Civil Veterinary Dept. Assam report 1927-50 - 1927-1950
Year: 1927
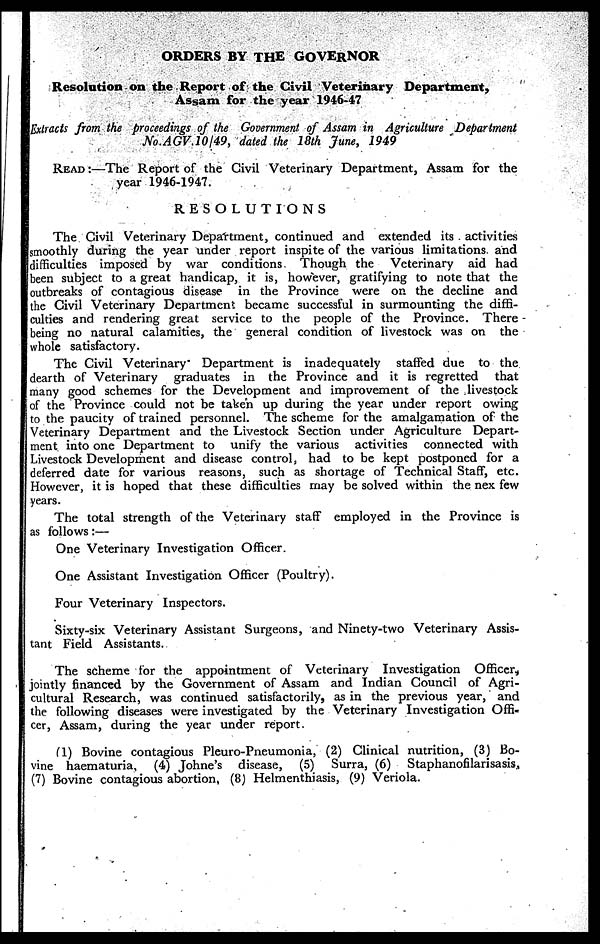
ORDERS BY THE GOVERNOR
Resolution on the Report of the Civil Veterinary Department,
Assam for the year 1946-47
Extracts from the proceedings of the Government of Assam in Agriculture Department
No.AGV.10/49, dated the 18th June, 1949
READ:—The Report of the Civil Veterinary Department, Assam for the
year 1946-1947.
RESOLUTIONS
The Civil Veterinary Department, continued and extended its activities
smoothly during the year under report inspite of the various limitations and
difficulties imposed by war conditions. Though the Veterinary aid had
been subject to a great handicap, it is, however, gratifying to note that the
outbreaks of contagious disease in the Province were on the decline and
the Civil Veterinary Department became successful in surmounting the diffi-
culties and rendering great service to the people of the Province. There
being no natural calamities, the general condition of livestock was on the
whole satisfactory.
The Civil Veterinary" Department is inadequately staffed due to the
dearth of Veterinary graduates in the Province and it is regretted that
many good schemes for the Development and improvement of the livestock
of the Province could not be taken up during the year under report owing
to the paucity of trained personnel. The scheme for the amalgamation of the
Veterinary Department and the Livestock Section under Agriculture Depart-
ment into one Department to unify the various activities connected with
Livestock Development and disease control, had to be kept postponed for a
deferred date for various reasons, such as shortage of Technical Staff, etc.
However, it is hoped that these difficulties may be solved within the nex few
years.
The total strength of the Veterinary staff employed in the Province is
as follows:—
One Veterinary Investigation Officer.
One Assistant Investigation Officer (Poultry).
Four Veterinary Inspectors.
Sixty-six Veterinary Assistant Surgeons, and Ninety-two Veterinary Assis-
tant Field Assistants.
The scheme for the appointment of Veterinary Investigation Officer,
jointly financed by the Government of Assam and Indian Council of Agri-
cultural Research, was continued satisfactorily, as in the previous year, and
the following diseases were investigated by the Veterinary Investigation Offi-
cer, Assam, during the year under report.
(1) Bovine contagious Pleuro-Pneumonia, (2) Clinical nutrition, (3) Bo-
vine haematuria, (4) Johne's disease, (5) Surra, (6) Staphanofilarisasis,
(7) Bovine contagious abortion, (8) Helmenthiasis, (9) Veriola.